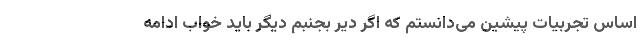
اساس تجربیات پیشین می‌دانستم که اگر دیر بجنبم دیگر باید خواب ادامه